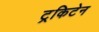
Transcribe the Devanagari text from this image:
ट्रकिटेन